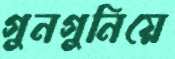
গুনগুনিয়ে